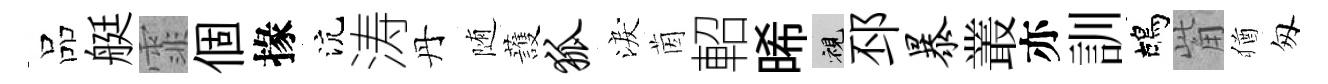
品艇霏個掾沆涛丹随䕶狐淚茵軺晞視邳暴叢亦訓鴣觜猶匆